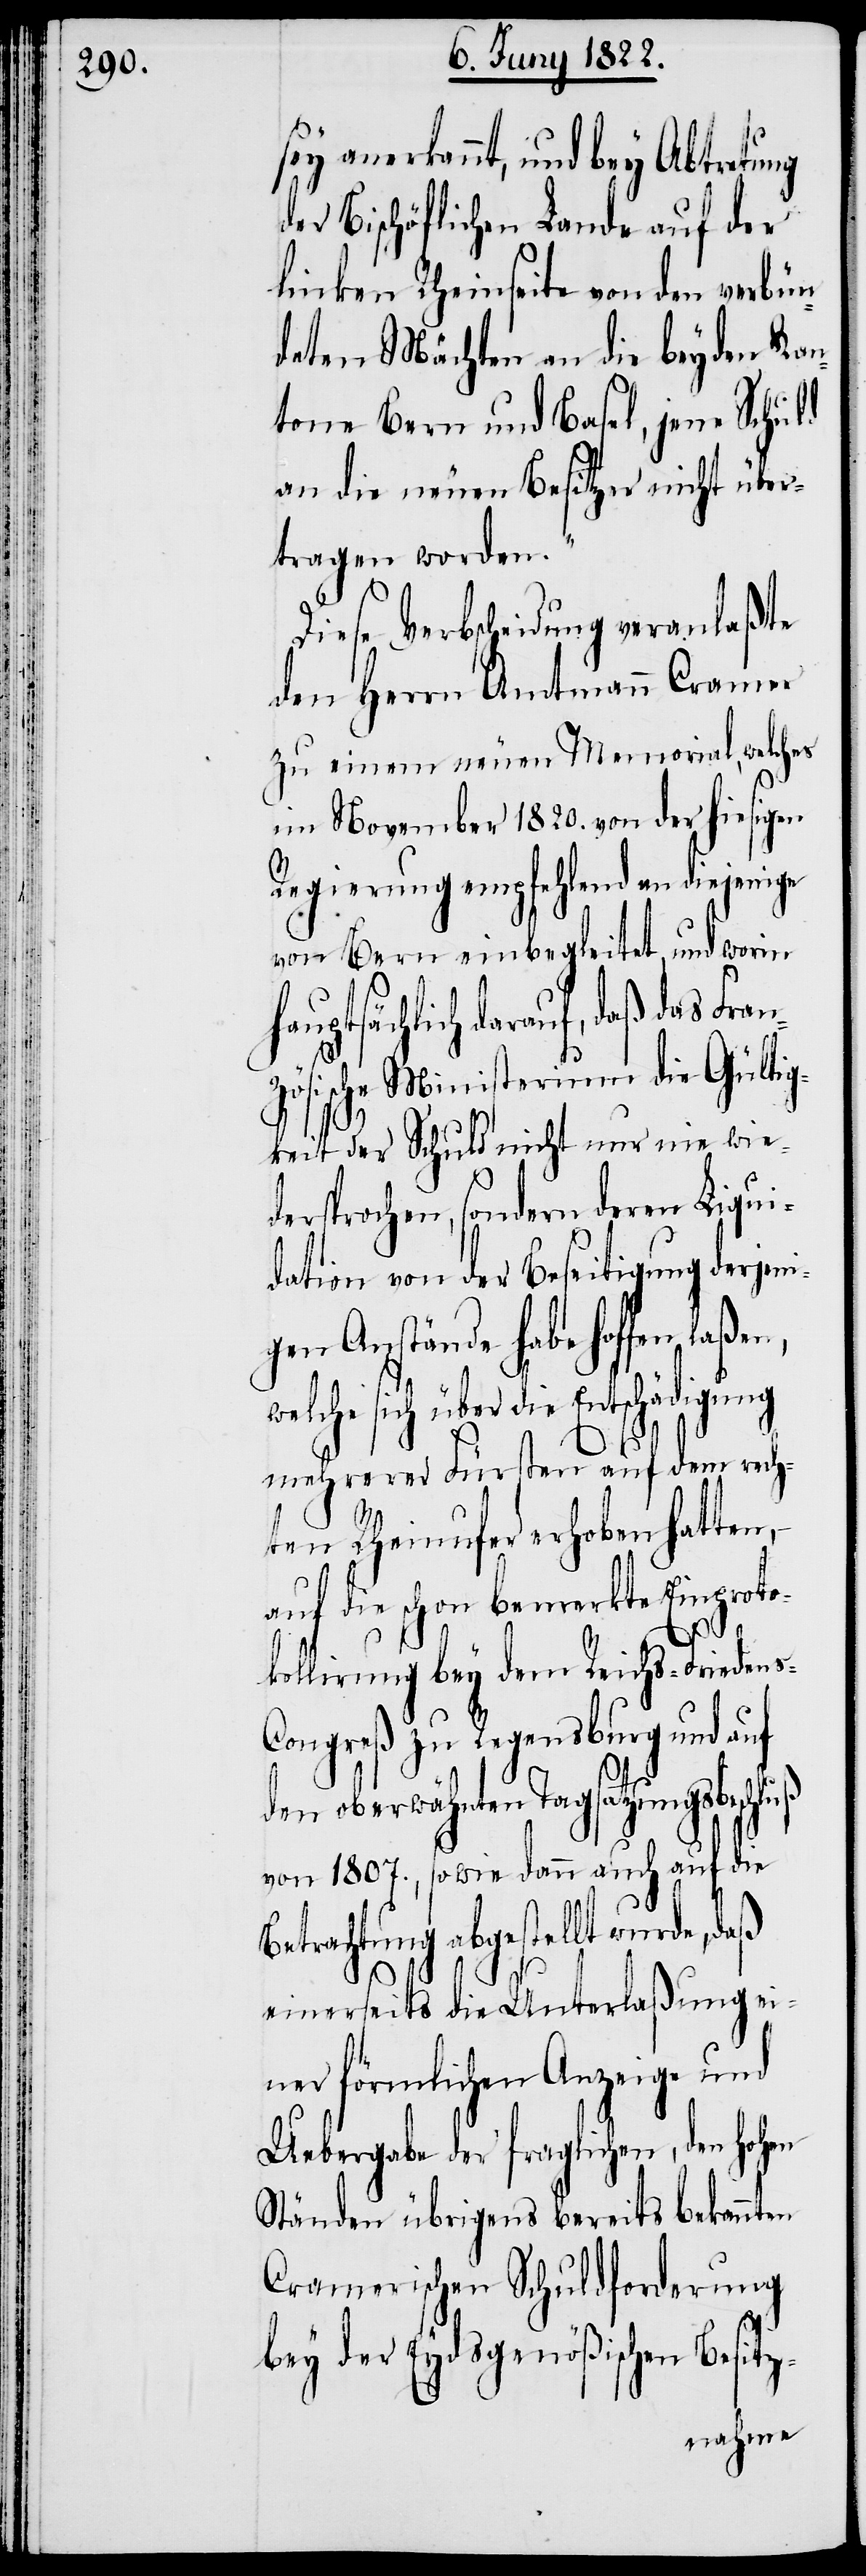
sey anerkannt, und bey Abtretung
der Bischöflichen Lande auf der
linken Rheinseite von den verbün¬
deten Mächten an die beyden Kan¬
tone Bern und Basel, jene Schuld
an die neuen Besitzer nicht über¬
tragen worden.“
Diese Verbscheidung veranlaßte
den Herrn Amtmann Cramer
zu einem neuen Memorial, welches
im November 1820. von der hiesigen
Regierung empfehlend an diejenige
von Bern einbegleitet und worin
hauptsächlich darauf, daß das
ösische Ministerium die Gültig¬
keit der Schuld nicht nur nie wied¬
ersprochen, sondern deren Liqui¬
dation von der Beseitigung derjen¬
gen Anstände habe hoffen laßen,
sich über die Entschädigung
mehrerer Fürsten auf dem rech¬
ten Rheinufer erhoben hatten,
auf die schon bemerkte Einproto¬
i¬
kollirung bey dem Reichs-Friedens-C¬
ongreß zu Regensburg und auf
den oberwähnten Tagsatzungsbeschluß
von 1807., sowie dann auch auf die
Betrachtung abgestellt wurde, daß
Franz¬
einerseits die Unterlaßung ei¬
ner förmlichen Anzeige und
Uebergabe der fraglichen, den hohen
Ständen übrigens bereits bekannten
Cramerischen Schuldforderung
bey der Eydsgenößischen Besitz-